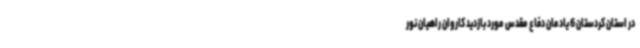
در استان کردستان 6 یادمان دفاع مقدس مورد بازدید کاروان راهیان نور